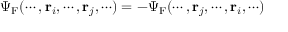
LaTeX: \Psi _ { \mathrm { { F } } } ( \cdots , \mathbf { r } _ { i } , \cdots , \mathbf { r } _ { j } , \cdots ) = - \Psi _ { \mathrm { { F } } } ( \cdots , \mathbf { r } _ { j } , \cdots , \mathbf { r } _ { i } , \cdots )